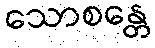
သောစန္တေ